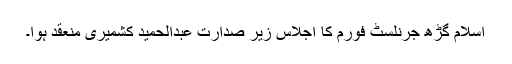
اسلام گڑھ جرنلسٹ فورم کا اجلاس زیر صدارت عبدالحمید کشمیری منعقد ہوا۔